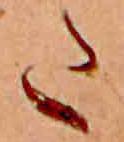
た